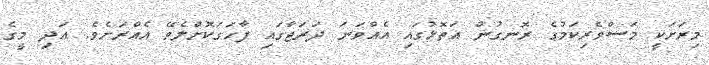
މިރަށަކީ މަސްވެރިކަމުގެ ރޮނގުން އަތޮޅުގައި އެއްވަނަ ދަރަޖާގައި ފާހަގަކޮށްލެވޭ އެއްރަށެވެ. އަދި މީގެ